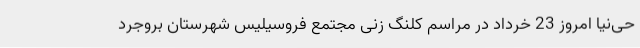
حی‌نیا امروز 23 خرداد در مراسم کلنگ زنی مجتمع فروسیلیس شهرستان بروجرد